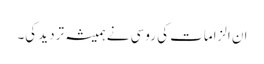
ان الزامات کی روسی نے ہمیشہ تردید کی۔